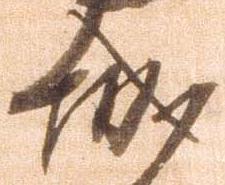
城